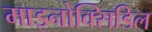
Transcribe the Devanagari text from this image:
माइनोक्सिडिल